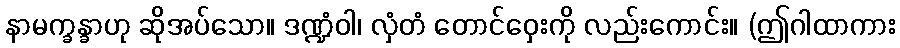
နာမက္ခန္ခာဟု ဆိုအပ်သော။ ဒဏ္ဍံဝါ၊ လှံတံ တောင်ဝှေးကို လည်းကောင်း။ (ဤဂါထာကား